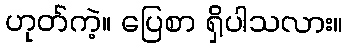
ဟုတ်ကဲ့။ ပြေစာ ရှိပါသလား။